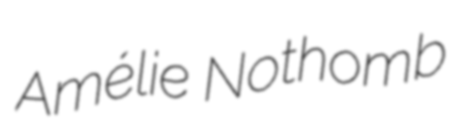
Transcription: Amélie Nothomb